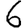
Digit: 6